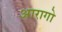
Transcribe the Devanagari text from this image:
आरागो